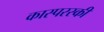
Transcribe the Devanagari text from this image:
कास्परस्की